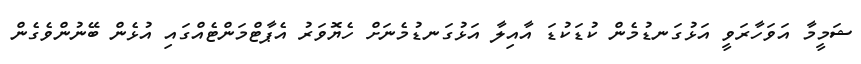
ޝަމީމާ އަވަހާރަވީ އަޅުގަނޑުމެން ކުޑަކުޑަ އާއިލާ އަޅުގަނޑުމެނަށް ހެޔޮވަރު އެޕާޓްމަންޓެއްގައި އުޅެން ބޭނުންވެގެން